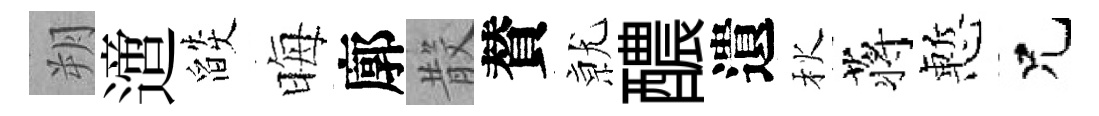
朔𨗁燄晦廓𣪚賛𭕒醲遺秋蒋慙兄